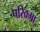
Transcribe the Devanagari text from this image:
परिक्र्मा